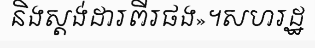
និងស្តង់ដារពីរផង»។សហរដ្ឋ